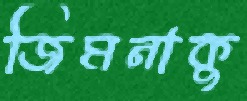
জিমনাকু